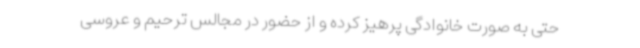
حتی به صورت خانوادگی پرهیز کرده و از حضور در مجالس ترحیم و عروسی